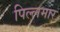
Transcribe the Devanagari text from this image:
पिल्लमार